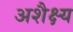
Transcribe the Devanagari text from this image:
अशैक्ष्य